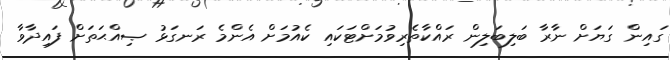
ގައިން ގަޔަށް ނާރާ ބަލިބަލިން ރައްކާތެރިވުމަށްޓަކައި ކެއުމަށް އެންމެ ރަނގަޅު ޞިއްޙަތަށް ފައިދާވާ